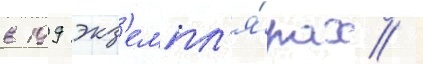
в 199 экз'емпл'я́рах /